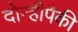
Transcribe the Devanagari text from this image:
दोन्हीपैकी